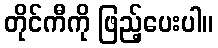
တိုင်ကီကို ဖြည့်ပေးပါ။